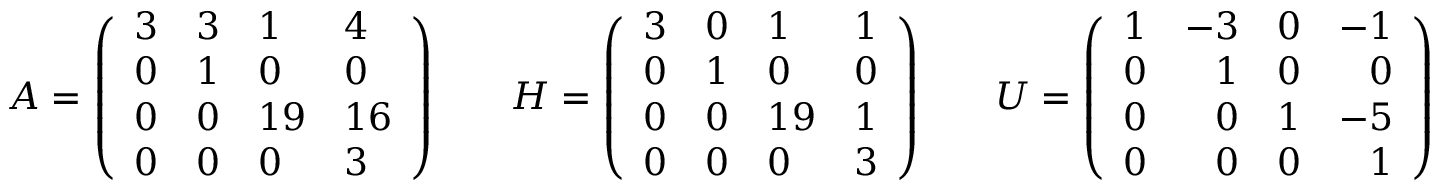
A = { \left( \begin{array} { l l l l } { 3 } & { 3 } & { 1 } & { 4 } \\ { 0 } & { 1 } & { 0 } & { 0 } \\ { 0 } & { 0 } & { 1 9 } & { 1 6 } \\ { 0 } & { 0 } & { 0 } & { 3 } \end{array} \right) } \qquad H = { \left( \begin{array} { l l l l } { 3 } & { 0 } & { 1 } & { 1 } \\ { 0 } & { 1 } & { 0 } & { 0 } \\ { 0 } & { 0 } & { 1 9 } & { 1 } \\ { 0 } & { 0 } & { 0 } & { 3 } \end{array} \right) } \qquad U = \left( { \begin{array} { r r r r } { 1 } & { - 3 } & { 0 } & { - 1 } \\ { 0 } & { 1 } & { 0 } & { 0 } \\ { 0 } & { 0 } & { 1 } & { - 5 } \\ { 0 } & { 0 } & { 0 } & { 1 } \end{array} } \right)